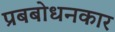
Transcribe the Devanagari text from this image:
प्रबबोधनकार